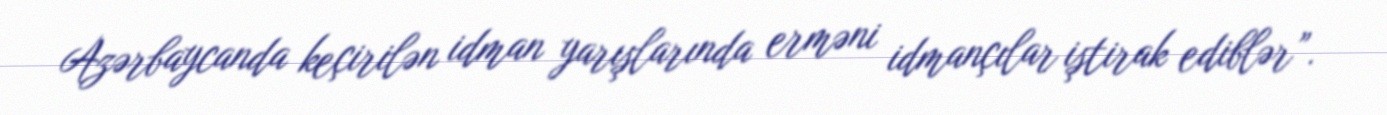
Azərbaycanda keçirilən idman yarışlarında erməni idmançılar iştirak ediblər”.